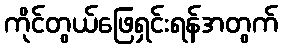
ကိုင်တွယ်ဖြေရှင်းရန်အတွက်